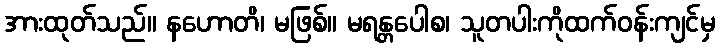
အားထုတ်သည်။ နဟောတိ၊ မဖြစ်။ မရန္တပေါစ၊ သူတပါးကိုထက်ဝန်းကျင်မှ